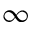
\infty